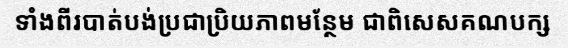
ទាំងពីរបាត់បង់ប្រជាប្រិយភាពមន្ថែម ជាពិសេសគណបក្ស